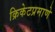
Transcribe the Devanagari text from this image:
क्रिकेटप्रमाणे